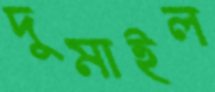
দুমাইল